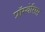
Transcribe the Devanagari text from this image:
प्रॉस्थेसिस